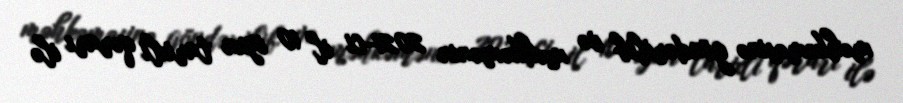
məhkəməsinə göndərilib və məhkəmənin 2021-ci il 10 iyun tarixli qərarı ilə